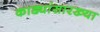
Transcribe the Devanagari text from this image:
काड्यांसारख्या